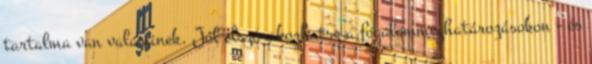
tartalma van valaminek. Jól elszórakozhatsz a fogalommeghatározásokon - és